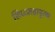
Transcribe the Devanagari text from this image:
सिध्दमहापुरुष